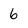
Character: 6